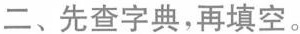
二、先查字典，再填空。